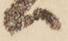
ハ